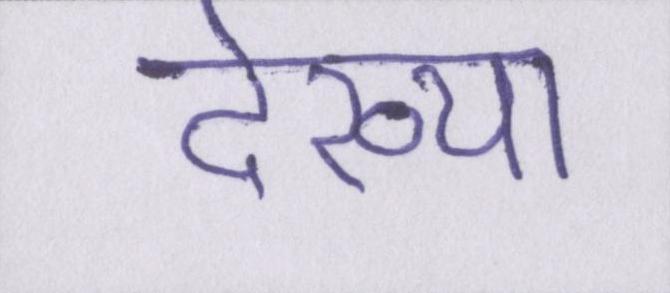
देख्या